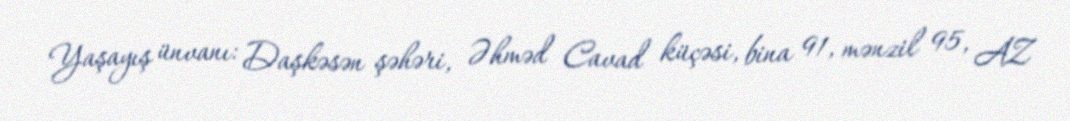
Yaşayış ünvanı: Daşkəsən şəhəri, Əhməd Cavad küçəsi, bina 91, mənzil 95, AZ